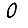
Digit: 0